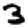
Digit: 3